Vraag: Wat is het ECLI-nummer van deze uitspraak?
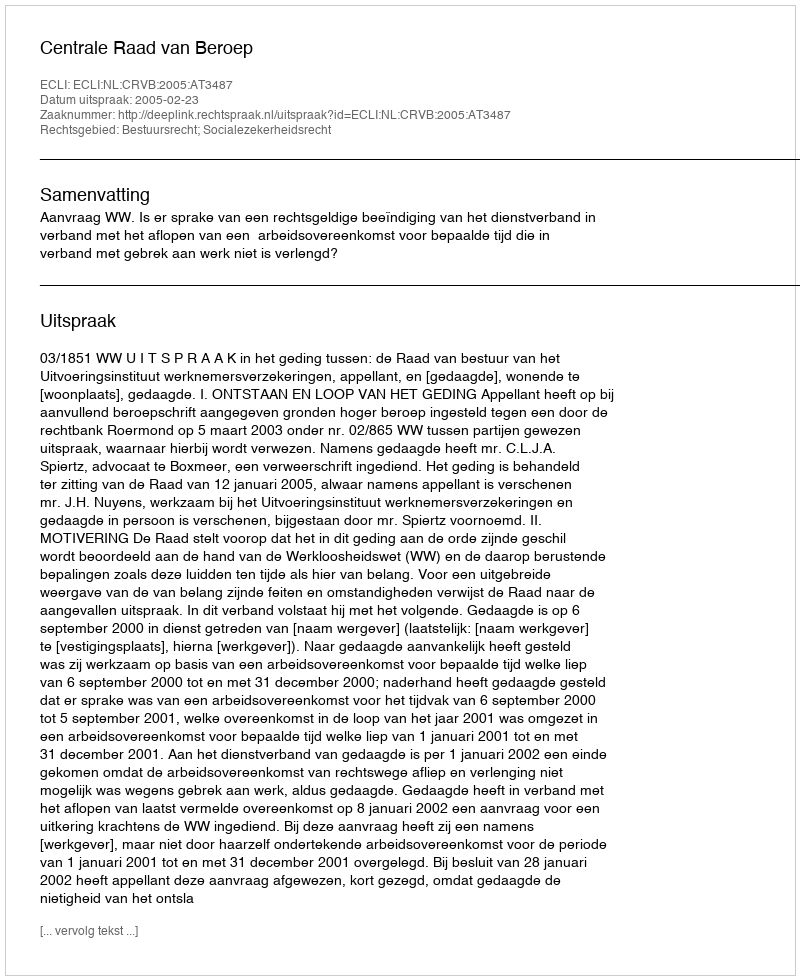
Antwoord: ECLI:NL:CRVB:2005:AT3487